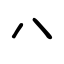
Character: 八